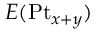
E ( \mathrm { P t } _ { x + y } )